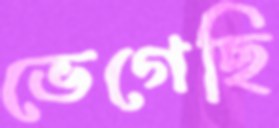
ভেগেছি